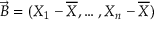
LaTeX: { \vec { B } } = ( X _ { 1 } - { \overline { { X } } } , \ldots , X _ { n } - { \overline { { X } } } )